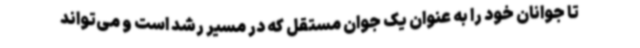
تا جوانان خود را به عنوان یک جوان مستقل که در مسیر رشد است و می‌تواند